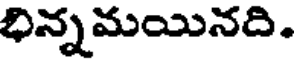
భిన్నమయినది.